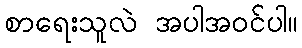
စာရေးသူလဲ အပါအဝင်ပါ။